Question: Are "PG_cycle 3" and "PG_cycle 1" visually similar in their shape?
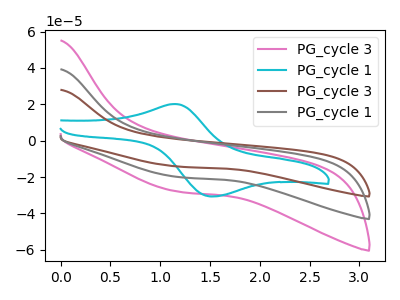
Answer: <think>The pink curve "PG_cycle 3" has no peaks. The cyan curve "PG_cycle 1" has an anodic peak at (1.15V, 20.15uA) and a cathodic peak at (1.55V, -30.65uA). The brown curve "PG_cycle 3" has no peaks. The gray curve "PG_cycle 1" has no peaks.
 Neither "PG_cycle 3" or "PG_cycle 1" have any peaks.</think>
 <answer>"PG_cycle 3" and "PG_cycle 1" are similar in shape.</answer>
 <eval>same_shape</eval>